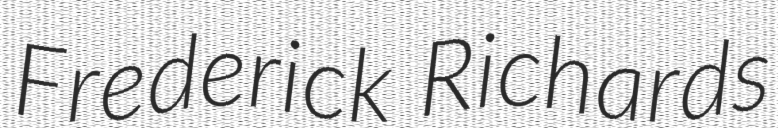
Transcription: Frederick Richards